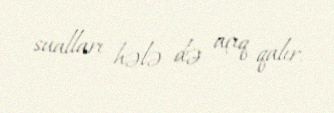
sualları hələ də açıq qalır.